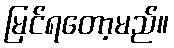
မြင်ရတော့မည်။